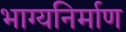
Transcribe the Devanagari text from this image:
भाग्यनिर्माण